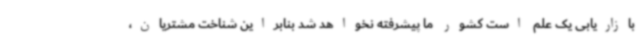
بازاریابی یک علم است کشور ما پیشرفته نخواهد شد بنابراین شناخت مشتریان،